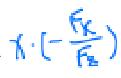
\(x\cdot(-\frac{\sqrt{x}}{\sqrt{x}})\)